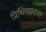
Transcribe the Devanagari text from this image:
प्रिथिव्याकार